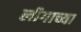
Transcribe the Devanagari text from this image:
लीगाच्या